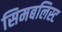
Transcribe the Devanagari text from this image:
सिमबलिस्ट